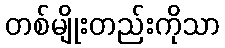
တစ်မျိုးတည်းကိုသာ